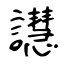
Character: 譿